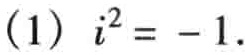
\((1)\ i^{2}=-1.\)